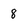
Character: 8